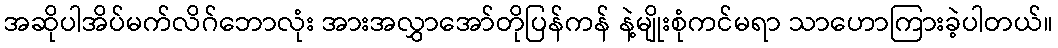
အဆိုပါအိပ်မက်လိဂ်ဘောလုံး အားအလွှာအော်တိုပြန်ကန် နဲ့မျိုးစုံကင်မရာ သာဟောကြားခဲ့ပါတယ်။